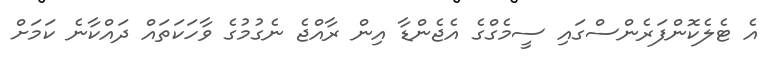
އެ ޓެލެކޮންފަރެންސްގައި ސީމެގްގެ އެޖެންޑާ އިން ރާއްޖެ ނެގުމުގެ ވާހަކަތައް ދައްކާނެ ކަމަށް